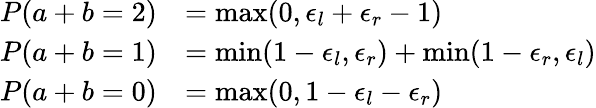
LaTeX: \begin{array}{rl}{P(a+b=2)}&{=\operatorname*{max}(0,\epsilon_{l}+\epsilon_{r}-1)}\\ {P(a+b=1)}&{=\operatorname*{min}(1-\epsilon_{l},\epsilon_{r})+\operatorname*{min}(1-\epsilon_{r},\epsilon_{l})}\\ {P(a+b=0)}&{=\operatorname*{max}(0,1-\epsilon_{l}-\epsilon_{r})}\end{array}